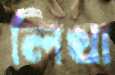
লিখা